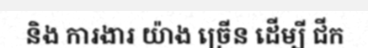
និង ការងារ យ៉ាង ច្រើន ដើម្បី ជីក